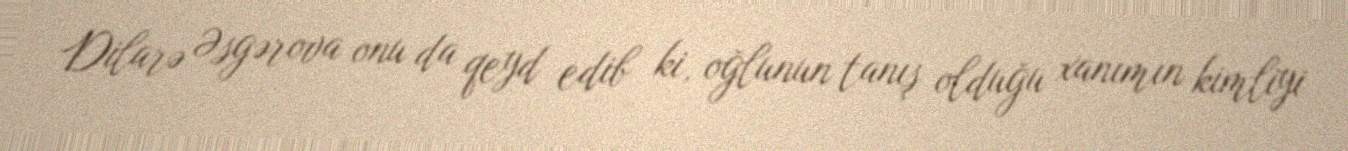
Dilarə Əsgərova onu da qeyd edib ki, oğlunun tanış olduğu xanımın kimliyi